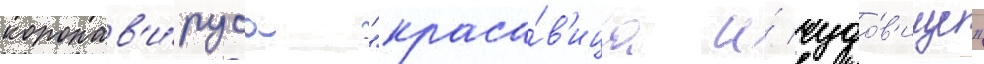
коронав'и́руса "краса́в'ица и́ чудо́в'ище"